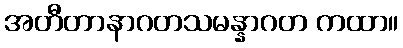
အတီတာနာဂတသမန္နာဂတ ကထာ။